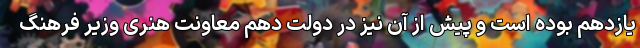
یازدهم بوده است و پیش از آن نیز در دولت دهم معاونت هنری وزیر فرهنگ